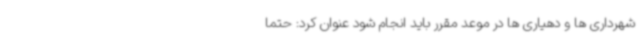
شهرداری ها و دهیاری ها در موعد مقرر باید انجام شود عنوان کرد: حتما